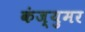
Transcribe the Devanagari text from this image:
कंज्युमर